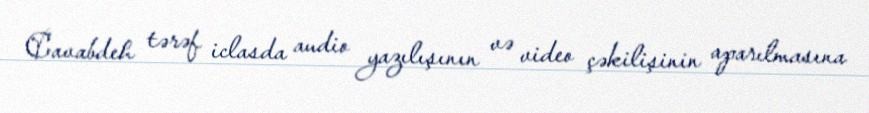
Cavabdeh tərəf iclasda audio yazılışının və video çəkilişinin aparılmasına